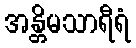
အန္တိမသာရီရံ